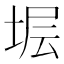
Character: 𱖷